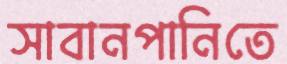
সাবানপানিতে